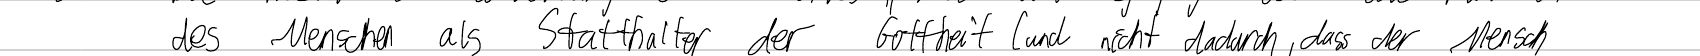
des Menschen als Statthalter der Gottheit (und nicht dadurch, dass der Mensch